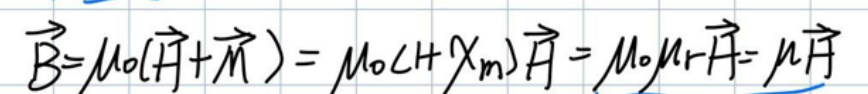
\(\vec{B}=\mu_0(\vec{H}+\vec{M})=\mu_0(\vec{H}+\chi_m\vec{H})=\mu_0\mu_r\vec{H}=\mu\vec{H}\)